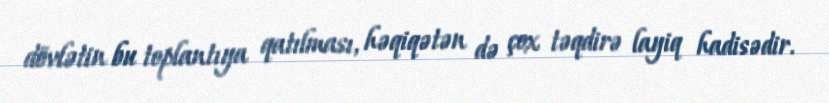
dövlətin bu toplantıya qatılması, həqiqətən də çox təqdirə layiq hadisədir.